Lock hospitals Punjab
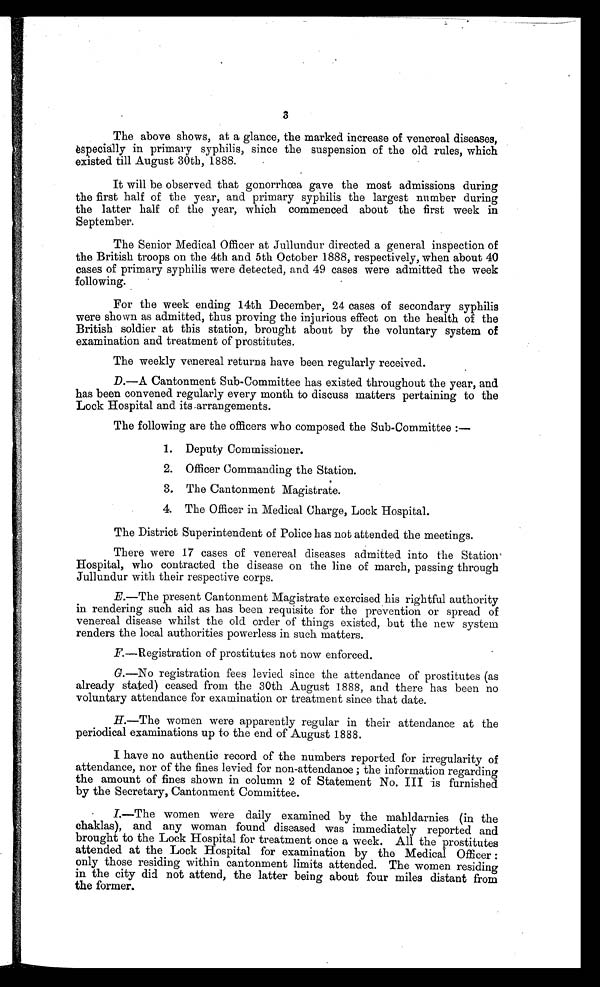
ti
3
The above shows, at a glance, the marked increase of venereal diseases,
especially in primary syphilis, since the suspension of the old rules, which
existed till August 30th, 1888.
It will be observed that gonorrhœa gave the most admissions during
the first half of the year, and primary syphilis the largest number during
the latter half of the year, which commenced about the first week in
September.
The Senior Medical Officer at Jullundur directed a general inspection of
the British troops on the 4th and 5th October 1888, respectively, when about 40
cases of primary syphilis were detected, and 49 cases were admitted the week
following.
For the week ending 14th December, 24 cases of secondary syphilis
were shown as admitted, thus proving the injurious effect on the health of the
British soldier at this station, brought about by the voluntary system of
examination and treatment of prostitutes.
The weekly venereal returns have been regularly received.
D.—A Cantonment Sub-Committee has existed throughout the year, and
has been convened regularly every month to discuss matters pertaining to the
Lock Hospital and its -arrangements.
The following are the officers who composed the Sub-Committee :—
1. Deputy Commissioner.
2. Officer Commanding the Station.
3. The Cantonment Magistrate.
4. The Officer in Medical Charge, Lock Hospital.
The District Superintendent of Police has not attended the meetings.
There were 17 cases of venereal diseases admitted into the Station
. H o s p i t a l , w h o c o n t r a c t e d t h e d i s e a s e o n t h e l i n e o f m a r c h , p a s s i n g t h r o u g h
Jullundur with their respective corps.
E.—The present Cantonment Magistrate exercised his rightful authority
in rendering such aid as has been requisite for the prevention or spread of
venereal disease whilst the old order of things existed, but the new system
renders the local authorities powerless in such matters.
F.—Registration of prostitutes not now enforced.
G.—No registration fees levied since the attendance of prostitutes (as
already stated) ceased from the 30th August 1888, and there has been no
voluntary attendance for examination or treatment since that date.
H.—The women were apparently regular in their attendance at the
periodical examinations up to the end of August 1888.
I have no authentic record of the numbers reported for irregularity of
attendance, nor of the fines levied for non-attendanoe ; the information regarding
the amount of fines shown in column 2 of Statement No. III is furnished
by the Secretary, Cantonment Committee.
I.—The women were daily examined by the mahldarnies (in the
chaklas), and any woman found diseased was immediately reported and
brought to the Lock Hospital for treatment once a week. All the prostitutes
attended at the Lock Hospital for examination by the Medical Officer :
only those residing within cantonment limits attended. The women residing
in the city did not attend, the latter being about four miles distant from
the former.